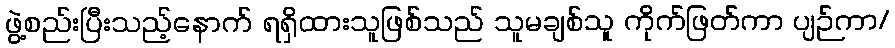
ဖွဲ့စည်းပြီးသည့်နောက် ရရှိထားသူဖြစ်သည် သူမချစ်သူ ကိုက်ဖြတ်ကာ ပျဉ်ကာ/